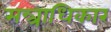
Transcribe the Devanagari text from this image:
मन्त्राधिकार